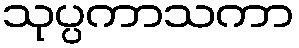
သုပ္ပကာသကာ